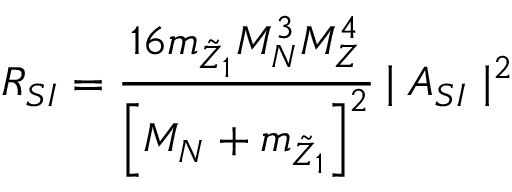
R _ { S I } = { \frac { { 1 6 m _ { \tilde { Z } _ { 1 } } M _ { N } ^ { 3 } } M _ { Z } ^ { 4 } } { \left[ { M _ { N } + m _ { \tilde { Z } _ { 1 } } } \right] ^ { 2 } } } \, { \mid A _ { S I } \mid ^ { 2 } }